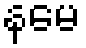
နမေ